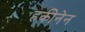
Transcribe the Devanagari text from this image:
हकीनेन